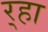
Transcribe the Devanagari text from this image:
र्‍हा